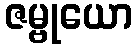
ဇမ္ဗုယော